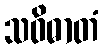
သဝိဓာတံ